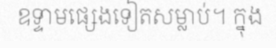
ឧទ្ទាមផ្សេងទៀតសម្លាប់។ ក្នុង